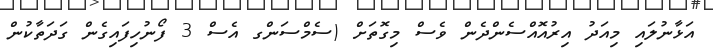
އަޅާނުލައި މިއަދު އިރުއޮއްސެންދެން ވެސް މިގޮތަށް (ސެމްސަންގ އެސް 3 ފޯނުހިފައިގެން ގަދަތާކުން